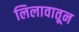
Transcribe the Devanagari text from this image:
लिलावातून